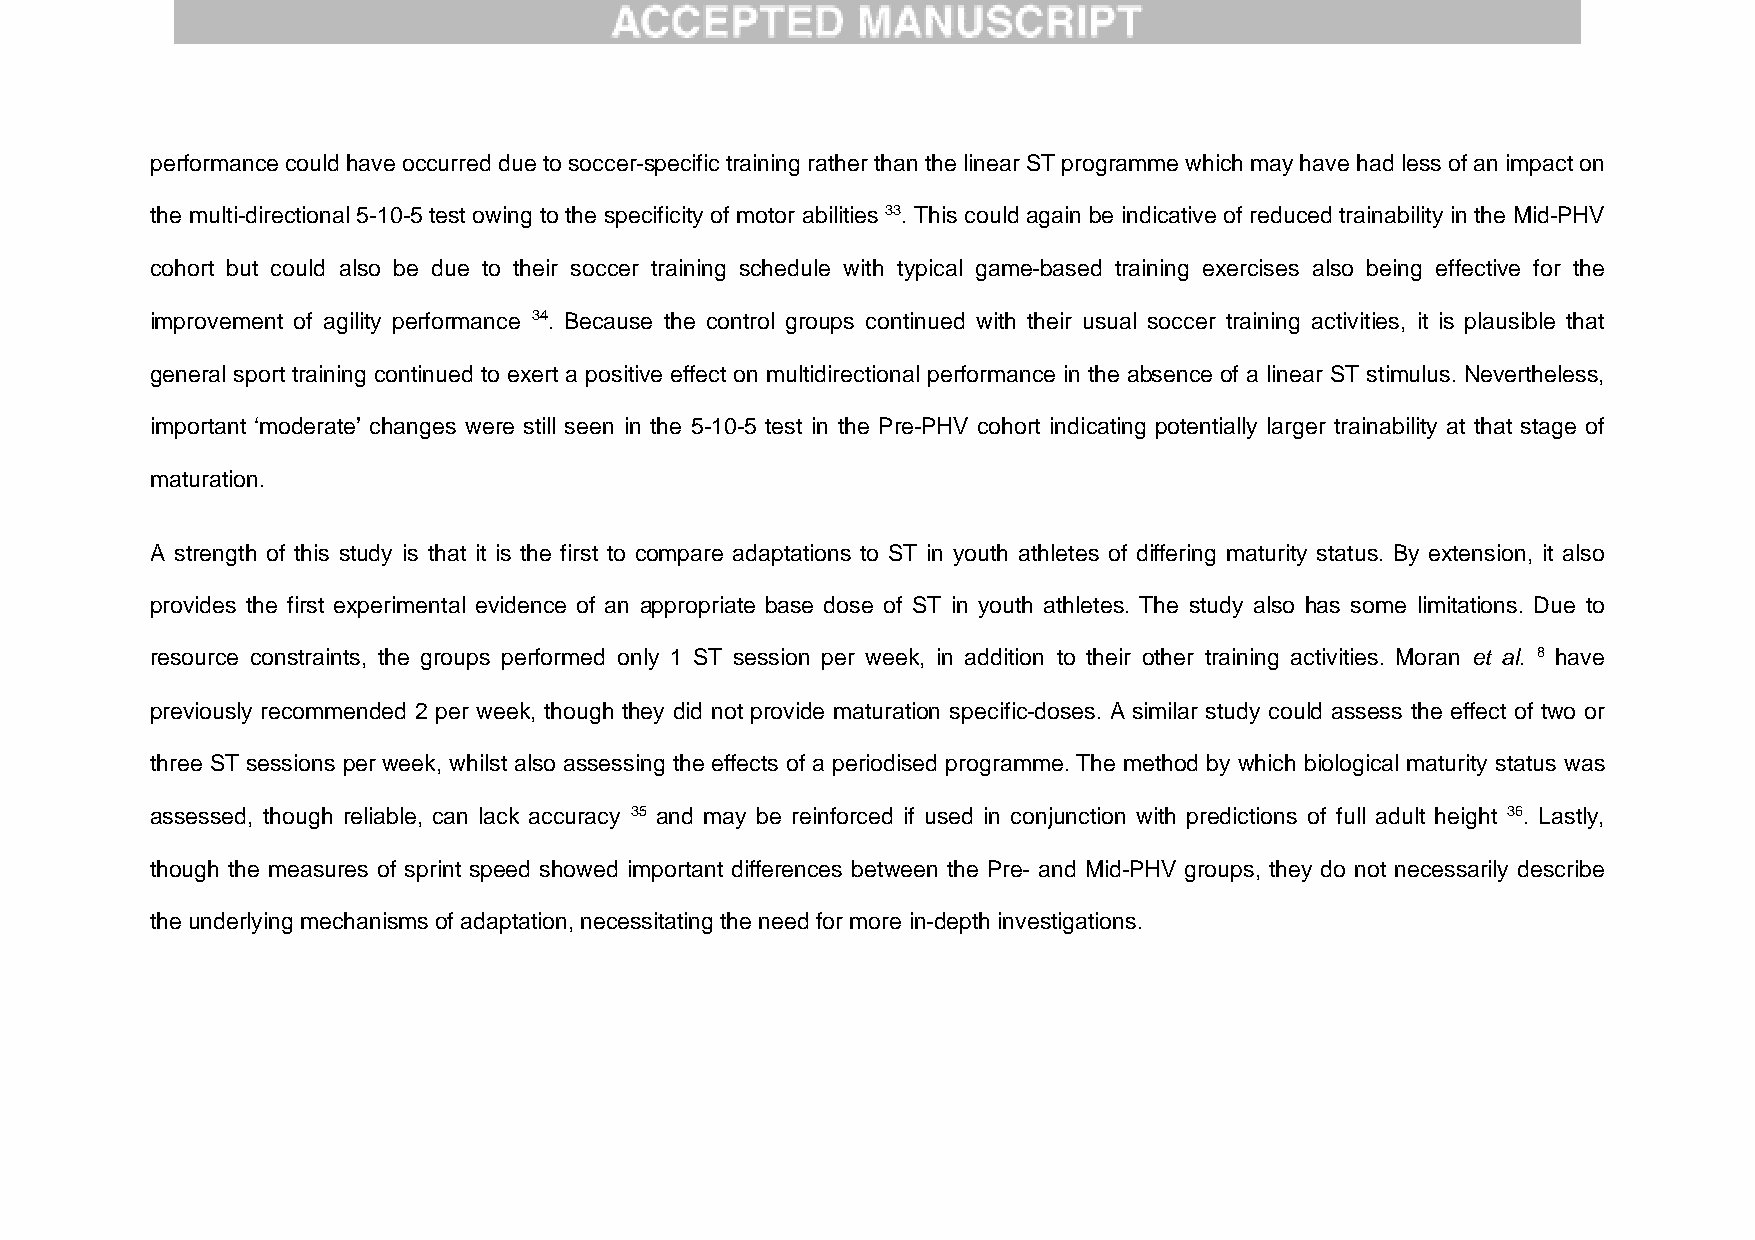
performance could have occurred due to soccer-specific training rather than the linear ST programme which may have had less of an impact on
 the multi-directional 5-10-5 test owing to the specificity of motor abilities 33. This could again be indicative of reduced trainability in the Mid-PHV
 cohort but could also be due to their soccer training schedule with typical game-based training exercises also being effective for the
 improvement of agility performance 34. Because the control groups continued with their usual soccer training activities, it is plausible that
 general sport training continued to exert a positive effect on multidirectional performance in the absence of a linear ST stimulus. Nevertheless,
 important ‘moderate’ changes were still seen in the 5-10-5 test in the Pre-PHV cohort indicating potentially larger trainability at that stage of
 maturation.
 A strength of this study is that it is the first to compare adaptations to ST in youth athletes of differing maturity status. By extension, it also
 provides the first experimental evidence of an appropriate base dose of ST in youth athletes. The study also has some limitations. Due to
 resource constraints, the groups performed only 1 ST session per week, in addition to their other training activities. Moran et al. 8 have
 previously recommended 2 per week, though they did not provide maturation specific-doses. A similar study could assess the effect of two or
 three ST sessions per week, whilst also assessing the effects of a periodised programme. The method by which biological maturity status was
 assessed, though reliable, can lack accuracy 35 and may be reinforced if used in conjunction with predictions of full adult height 36. Lastly,
 though the measures of sprint speed showed important differences between the Pre- and Mid-PHV groups, they do not necessarily describe
 the underlying mechanisms of adaptation, necessitating the need for more in-depth investigations.